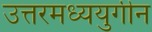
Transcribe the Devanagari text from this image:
उत्तरमध्ययुगीन